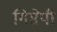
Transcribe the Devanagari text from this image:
गिसेपी